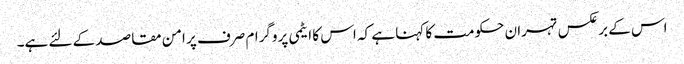
اس کے برعکس تہران حکومت کا کہنا ہے کہ اس کا ایٹمی پروگرام صرف پر امن مقاصد کے لئے ہے۔